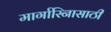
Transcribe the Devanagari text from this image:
मार्गारिनासाठी